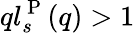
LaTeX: ql_{s}^{\mathrm{~P~}}(q)>1